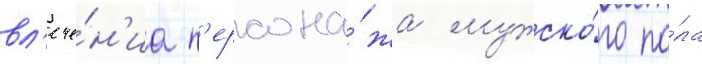
вл'ече́н'иа п'ерсона́жа мужско́го по́ла